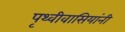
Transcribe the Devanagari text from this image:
पृथ्वीवासियांनी